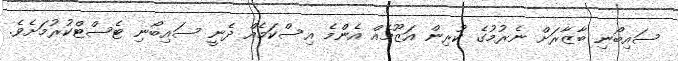
ސައިބޯނި ބާޒާރަށް ނެރުމުގެ ކުރިން އަޒޫމެއް އެންމެ އިސްކަމެއް ދެނީ ސައިބޯނި ޓެސްޓްކުރުމަށެވެ.